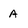
Character: A